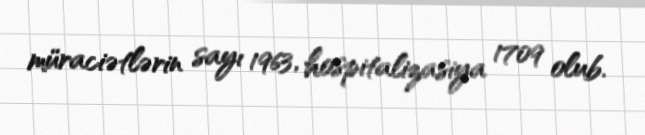
müraciətlərin sayı 1963, hospitalizasiya 1709 olub.